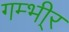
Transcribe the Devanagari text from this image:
गम्भी्र